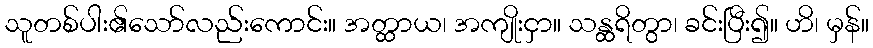
သူတစ်ပါး၏သော်လည်းကောင်း။ အတ္ထာယ၊ အကျိုးငှာ။ သန္ထရိတွာ၊ ခင်းပြီး၍။ ဟိ၊ မှန်။